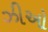
ઝીઓ